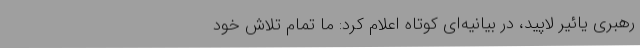
رهبری یائیر لاپید، در بیانیه‌ای کوتاه اعلام کرد: ما تمام تلاش خود